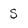
Character: S